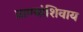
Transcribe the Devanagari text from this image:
प्राण्यांशिवाय